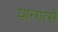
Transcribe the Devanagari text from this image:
यान्गत्से